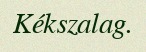
Kékszalag.